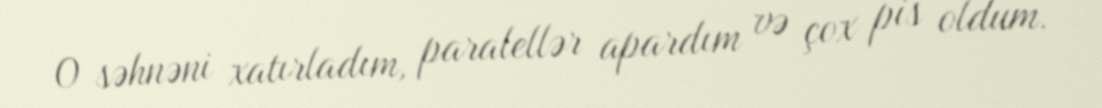
O səhnəni xatırladım, paralellər apardım və çox pis oldum.